Annual report of the Punjab Veterinary College and of the Civil Veterinary Department, Punjab - 1920-1925
Year: 1920
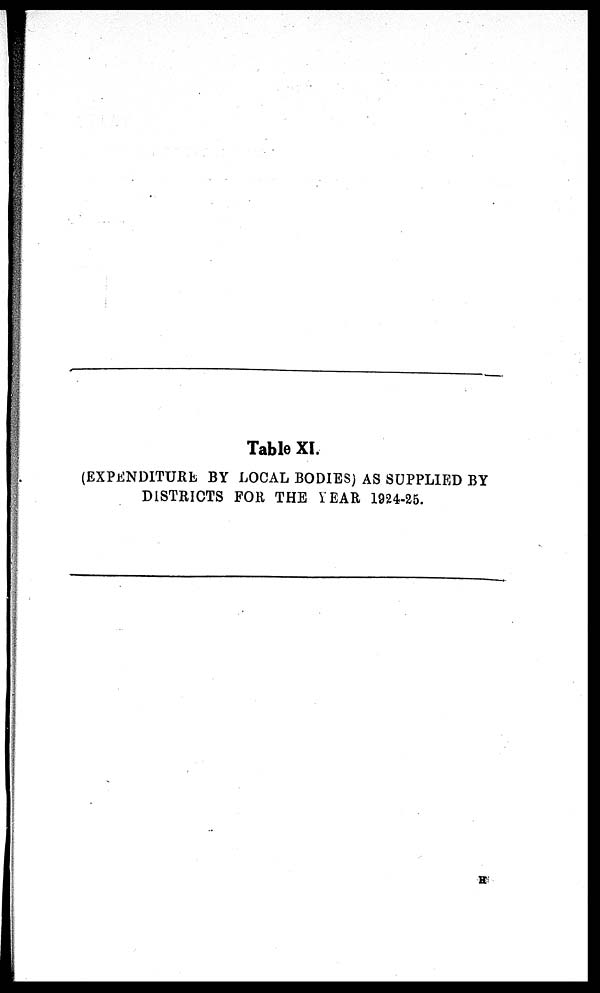
Table XI.
(EXPENDITURE BY LOCAL BODIES) AS SUPPLIED BY
DISTRICTS FOR THE YEAR 1924-25.